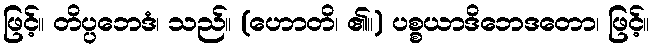
ဖြင့်။ တိပ္ပဘေဒံ၊ သည်။ (ဟောတိ၊ ၏။) ပစ္စယာဒိဘေဒတော၊ ဖြင့်။